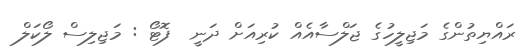
ރައްޔިތުންގެ މަޖިލީހުގެ ޖަލްސާއެއް ކުރިއަށް ދަނީ  ފޮޓޯ : މަޖިލިސް ލޯކަލް